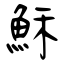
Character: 穌